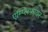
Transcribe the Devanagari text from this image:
एम्प्लिफ़ायर